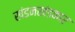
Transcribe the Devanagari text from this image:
खंडनखंडकार